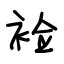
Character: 裣